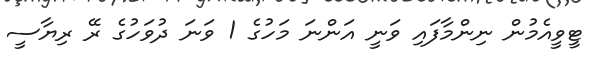
ޓީވީއެމުން ނިންމާފައި ވަނީ އަންނަ މަހުގެ 1 ވަނަ ދުވަހުގެ ރޭ ރިޔާސީ